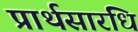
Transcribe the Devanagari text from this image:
प्रार्थसारधि